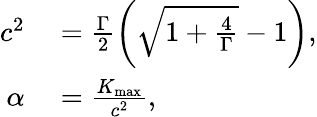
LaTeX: \begin{array}{rl}{c^{2}}&{{}=\frac{\Gamma}{2}\left(\sqrt{1+\frac{4}{\Gamma}}-1\right),}\\ {\alpha}&{{}=\frac{K_{\operatorname*{max}}}{c^{2}},}\end{array}